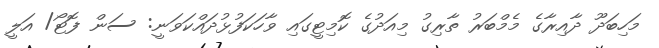
މަހިބަދޫ ދާއިރާގެ މެމްބަރު ތާރިގު މިއަދުގެ ކޮމިޓީގައި ވާހަކަފުޅުދައްކަވަނީ: ސަން ފޮޓޯ/ އަލީ